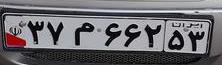
۳۷م۶۶۲۵۳